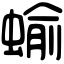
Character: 蝓